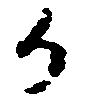
御